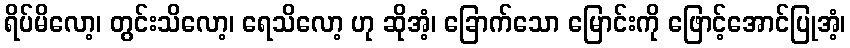
ရိပ်မိလော့၊ တွင်းသိလော့၊ ရေသိလော့ ဟု ဆိုအံ့၊ ခြောက်သော မြောင်းကို ဖြောင့်အောင်ပြုအံ့၊